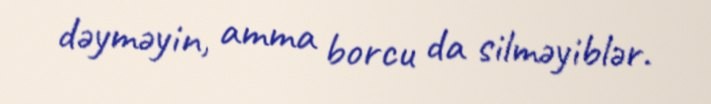
dəyməyin, amma borcu da silməyiblər.